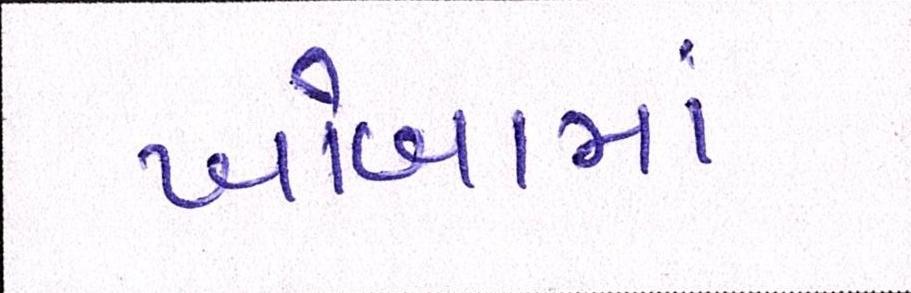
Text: ખોબામાં